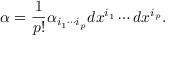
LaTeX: \alpha = { \frac { 1 } { p ! } } \alpha _ { i _ { 1 } \cdots i _ { p } } d x ^ { i _ { 1 } } \cdots d x ^ { i _ { p } } .